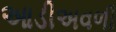
આડીઅવળી